Report on vaccination in Madras 1904-1921 - 1904-1921
Year: 1904
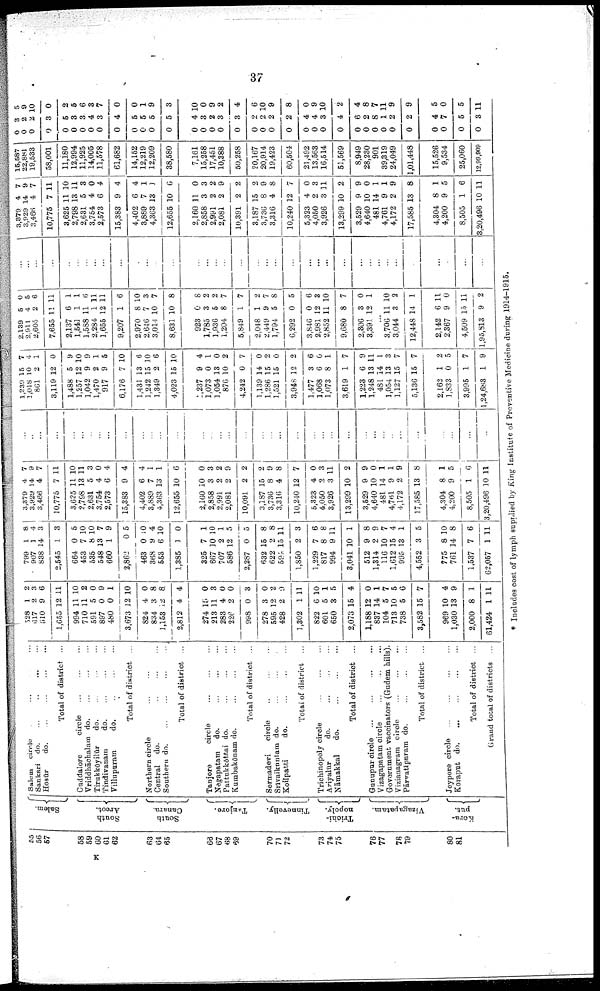
37
55
56
57
58
59
60
61
62
63
64
65
66
67
68
69
70
71
72
73
74
75
76
77
78
79
80
81
Salem.
South
Arcot.
South
Canara.
Tanjore.
Tinnevelly.
Trichi¬
nopoly.
Vizagapatam.
Kora¬
put.
Salem circle ... ... ... ...
Sankari do.
...
...
... ...
Hosūr
do.
...
...
...
...
Total of district ...
Cuddalore
circle ... ... ...
Vriddhāchalam
do. ... ... ...
Tirukkōyilūr
do. ... ... ...
Tindivanam
do. ... ... ...
Villupuram
do.
...
...
...
Total of district ...
Northern circle ... ... ...
Central
do. ... ... ... ...
Southern do. ... ... ... ...
Total of district ...
Tanjore
circle
...
...
...
Negapatam
do.
...
...
...
Pattukkōttai do.
...
...
...
Kumbakōnam do. ... ... ...
Total of district ...
Sermadevi
circle
...
...
...
Srīvaikuntam do. ... ... ...
Koilpatti
do.
...
...
...
Total of district ...
Trichinopoly circle
...
...
...
Ariyalür
do.
...
...
...
Nāmakkal
do.
...
...
...
Total of district ...
Gunupur circle
...
...
...
...
Vizagapatam circle
...
...
...
Government vaccinators (Gudem hills).
Vizianagram circle ... ... ...
Pārvatīpnram do.
...
...
...
Total of district ...
Jeypore circle
...
...
...
...
Koraput
do.
...
...
...
...
Total of district ...
Grand total of districts ...
528
617
510
1,655
994
710
591
897
480
3,673
824
834
1,153
2,812
274
213
283
226
998
278
595
428
1,302
822
601
650
2,073
1,188
837
104
713
738
3,582
969
1,030
2,000
61,424
1
2
9
12
11
11
5
0
0
12
4
3
12
4
15
11
4
2
0
3
12
2
1
6
5
3
15
12
14
5
10
5
15
10
13
8
1
2
3
6
11
10
2
0
9
1
10
0
8
8
4
0
3
0
0
3
0
2
9
11
10
1
5
4
0
1
7
5
6
7
4
9
1
11
799
907
838
2,545
664
453
535
548
660
2,862
463
368
553
1,385
325
667
707
586
2,287
632
622
594
1,850
1,229
817
994
3,041
512
1,314
116
1,612
995
4,552
775
761
1,537
62,057
1
1
14
1
0
7
8
13
1
0
0
9
6
1
7
10
2
12
0
15
2
15
2
7
8
9
10
9
2
10
15
13
3
8
14
7
1
8
4
3
3
5
10
10
7
9
5
10
4
10
0
1
10
1
5
5
8
8
11
3
6
8
11
1
8
9
7
4
1
5
10
8
6
11
3,379
3,929
3,466
10,775
3,625
2,798
2,631
3,754
2,573
15,383
4,402
3,889
4,363
12,655
2,160
2,858
2,991
2,081
10,091
3,187
3,736
3,316
10,240
5,323
4,050
3,926
13,299
3,529
4,640
481
4,761
4,172
17,585
4,304
4,200
8,505
3,20,496
4
14
4
7
11
13
5
4
6
9
6
7
13
10
10
3
2
2
2
15
8
4
12
4
2
3
10
9
10
14
9
2
13
8
9
1
10
7
9
7
11
10
11
3
0
4
4
4
1
1
6
0
3
2
9
2
2
9
8
7
0
3
11
2
9
0
1
1
9
8
1
5
6
11
...
...
...
...
...
...
...
...
...
...
...
...
...
...
...
...
...
...
...
...
...
...
...
...
...
...
...
...
...
...
...
...
...
...
...
...
...
1,239
1,018
861
3,119
1,488
1,257
1,042
1,470
917
6,176
1,431
1,242
1,349
4,023
1,237
1,073
1,054
876
4,242
1,139
1,286
1,521
3,948
1,477
1,068
1,073
3,619
1,223
1,248
481
1,054
1,127
5,136
2,162
1,833
3,995
1,24,683
15
10
2
12
5
12
9
2
9
7
13
15
2
15
9
0
13
10
0
14
15
15
12
3
6
8
1
6
13
14
13
15
15
1
0
1
1
7
4
1
0
9
10
9
1
5
10
6
10
6
10
4
1
0
2
7
0
2
0
2
6
0
1
7
9
11
1
3
7
7
2
5
7
9
2,139
2,911
2,605
7,655
2,137
1,541
1,588
2,284
1,655
9,207
2,970
2,646
3,014
8,631
923
1,785
1,936
1,204
5,849
2,048
2,449
1,794
6,292
3,846
2,981
2,852
9,680
2,306
3,391
5
4
2
11
6
1
11
1
12
1
8
7
10
10
0
3
5
8
1
1
9
5
0
0
12
11
8
3
12
0
5
6
11
1
1
6
11
11
6
10
3
7
8
8
2
2
7
7
2
7
8
5
6
3
10
7
0
1
...
3,706
3,044
12,448
2,142
2,367
4,509
1,95,813
11
3
14
6
9
15
9
10
2
1
11
0
11
2
...
...
...
...
...
...
...
...
...
...
...
...
...
...
...
...
...
...
...
...
...
...
...
...
...
...
...
...
...
...
...
...
...
...
...
...
...
3,379
3,929
3,466
10,775
3,625
2,798
2,631
3,754
2,573
15,383
4,402
3,889
4,363
12,655
2,160
2,858
2,991
2,081
10,391
3,187
3,736
3,316
10,240
5,323
4,050
3,926
13,299
3,529
4,640
481
4,761
4,172
17,585
4,304
4,200
8,505
3,20,496
4
14
4
7
11
13
5
4
6
9
6
7
13
10
11
3
2
2
2
15
8
4
12
4
2
3
10
9
10
14
9
2
13
8
9
1
10
7
9
7
11
10
11
3
0
4
4
4
1
1
6
0
3
2
9
2
2
9
8
7
0
3
11
2
9
0
1
1
9
8
1
5
6
11
15,587
22,881
19,533
58,001
11,180
12,994
11,925
14,005
11,578
61,682
14,152
12,219
12,209
38,580
7,161
15,258
17,451
10,388
50,258
20,167
20,914
19,423
60,504
21,492
13,563
16,514
51,569
8,949
28,230
901
39,319
24,049
1,01,448
15,526
9,534
25,060
12,99,909
0
0
0
0
0
0
0
0
0
0
0
0
0
0
0
0
0
0
0
0
0
0
0
0
0
0
0
0
0
0
0
0
0
0
0
0
0
8
2
2
3
5
3
3
4
3
4
5
5
5
5
4
3
2
3
3
2
2
2
2
4
4
3
4
6
2
8
1
2
2
4
7
5
3
5
9
10
0
2
5
6
8
7
0
0
1
9
3
10
0
9
2
4
6
10
9
8
0
9
10
2
4
8
7
11
9
9
5
0
5
11
* Includes cost of lymph supplied by King Institute of Preventive Medicine during 1914-1915.
K